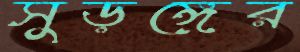
সুড়ঙ্গের